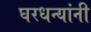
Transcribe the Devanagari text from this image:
घरधन्यांनी